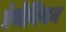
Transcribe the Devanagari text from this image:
एंथेनियन